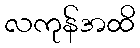
လကုန်အထိ